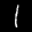
Label: 1